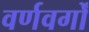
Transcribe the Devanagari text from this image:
वर्णवर्गों